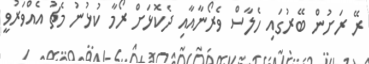
ރޭ ރަށުން ބޭރުގައި ހެލާސް ވެރޯނާއާއި ދެކޮޅަށް ރޯމާ ކުޅުނު މެޗު އެއްވަރުވީ